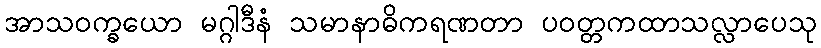
အာသဝက္ခယော မဂ္ဂါဒီနံ သမာနာဓိကရဏတာ ပဝတ္တကထာသလ္လာပေသု